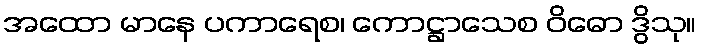
အထော မာနေ ပကာရေစ၊ ကောဋ္ဌာသေစ ဝိဓော ဒွိသု။